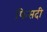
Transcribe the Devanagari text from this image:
फिसदी